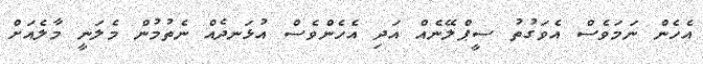
އެހެން ނަމަވެސް އެވަގުތު ސީޕްލޭނެއް އަދި އެހެންވެސް އުޅަނދެއް ނެތުމުން މެލަނީ މާލެއަށް